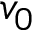
v _ { 0 }